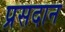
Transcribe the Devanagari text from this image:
प्रसदान